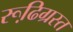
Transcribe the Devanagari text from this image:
रूढि़ग्रस्त